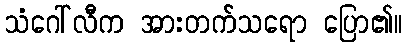
သံဂေါ်လီက အားတက်သရော ပြော၏။